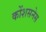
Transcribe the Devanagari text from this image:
कोंशसनेस